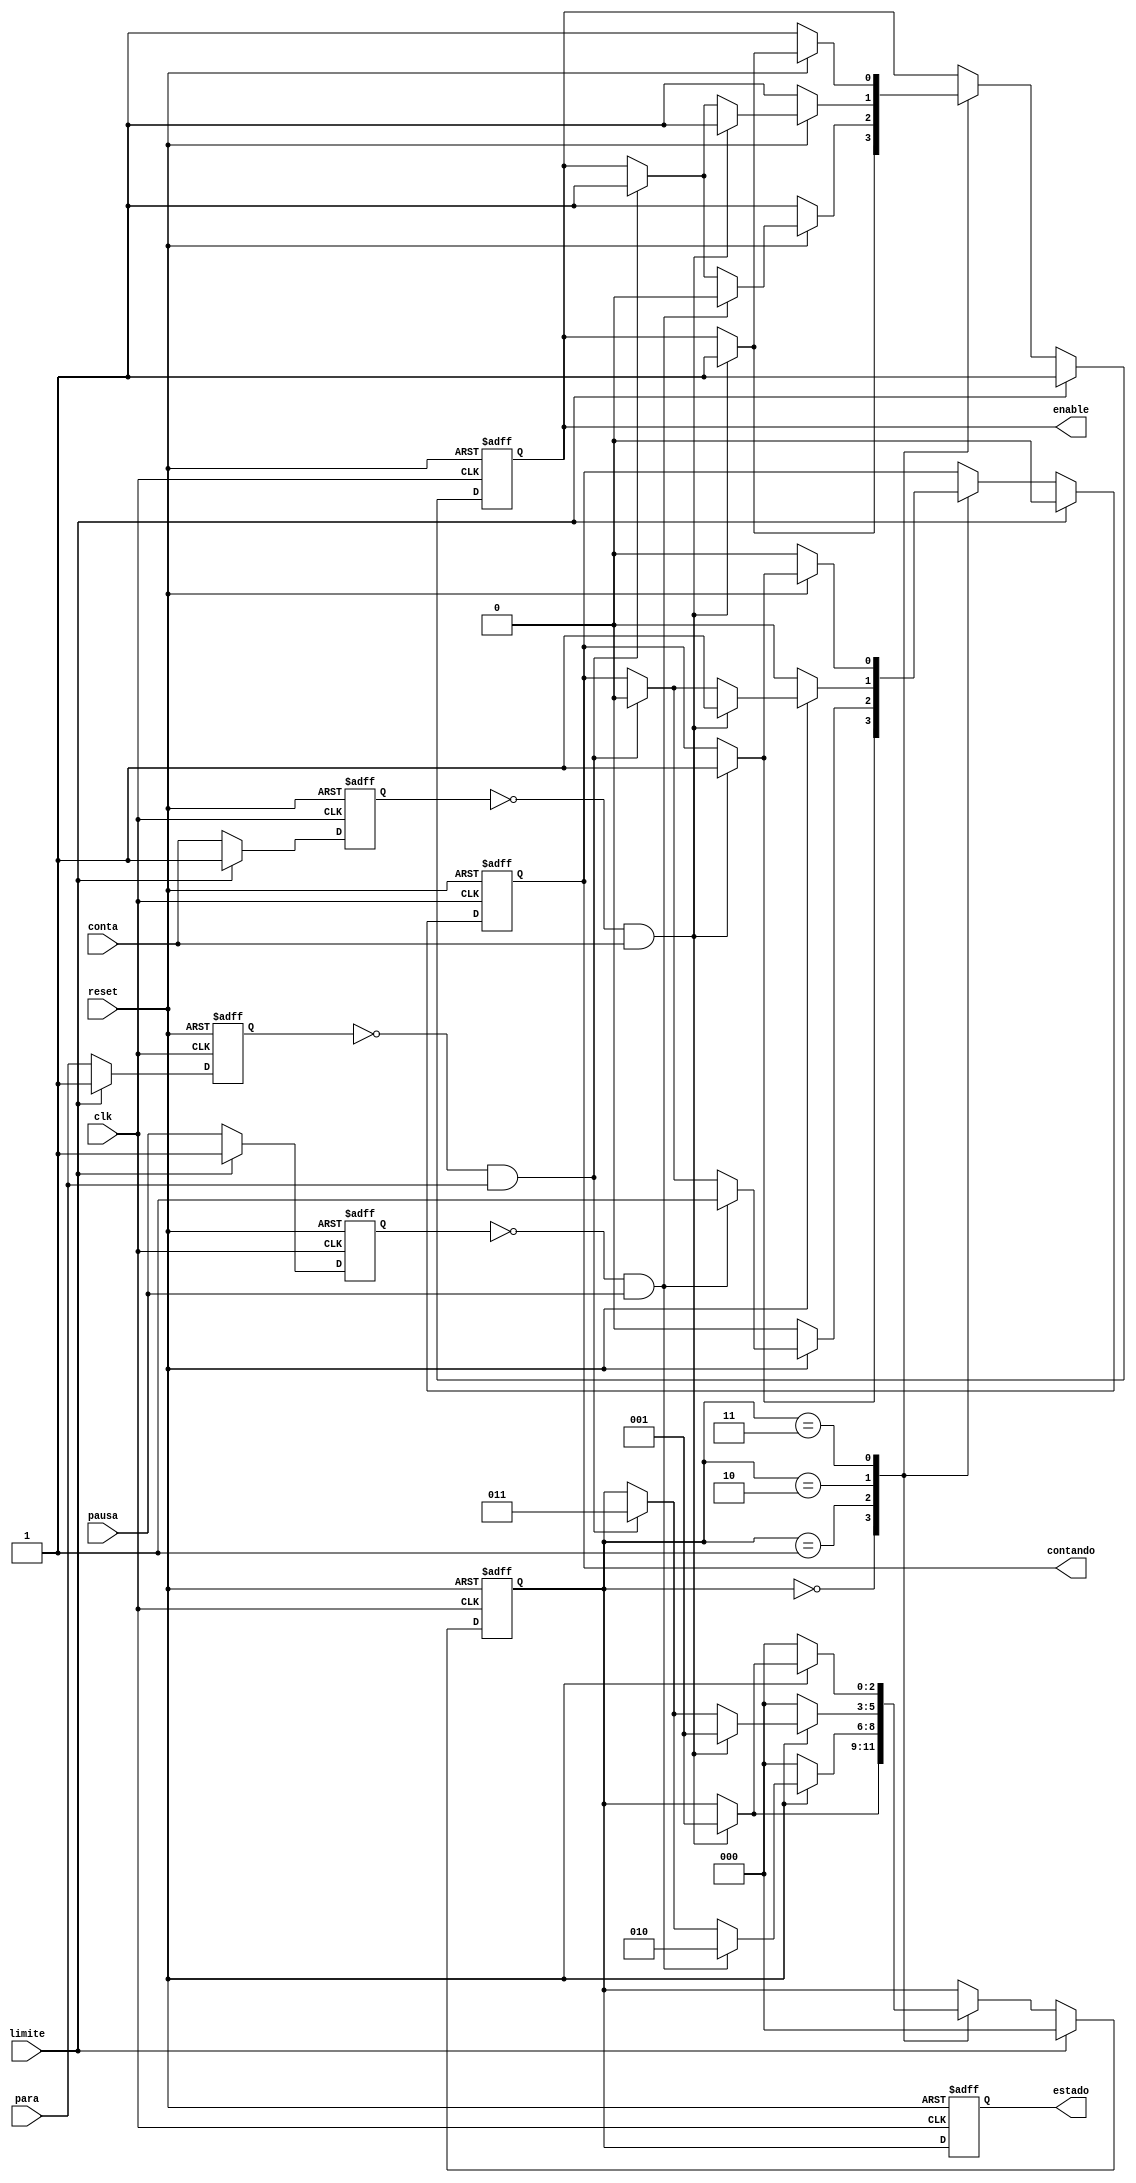
module estados(
    input clk,
    input reset,
    input conta,  
    input pausa, 
    input para,
	 input limite,
    
    output reg [2:0] estado,
    output reg contando,
    output reg enable
);

parameter inicio = 0, contar = 1, pausar = 2, parar = 3;

reg [2:0] estado_atual = inicio;
reg [2:0] estado_anterior = inicio;

// armazena o estado anterior dos botes
reg conta_reg, pausa_reg, para_reg; 

// detecta que o boto foi solto
wire conta_ativo = !conta_reg && conta;
wire pausa_ativo = !pausa_reg && pausa;
wire para_ativo = !para_reg && para;

always @(posedge clk or negedge reset) begin
    if (!reset) begin 
        estado_atual <= inicio;
        contando <= 0;
        enable <= 1;
        conta_reg <= 1; 
        pausa_reg <= 1; 
        para_reg <= 1;  
    end 
	 else if (limite) begin // se chegou a 999.9
		  estado_atual <= inicio;
        contando <= 0;
        enable <= 1;
        conta_reg <= 1; 
        pausa_reg <= 1; 
        para_reg <= 1;  
	 end
	 else begin
        // atualiza o estado anterior dos botes
        conta_reg <= conta;
        pausa_reg <= pausa;
        para_reg <= para;

        // transio de estados
        case (estado_atual)
            inicio: begin
                if (conta_ativo) begin 
                    estado_atual <= contar;
                    contando <= 1;
                    enable <= 1;
                end
            end
            contar: begin
                if (!reset) begin
                    estado_atual <= inicio;
                    contando <= 0;
                    enable <= 1;
                end else if (pausa_ativo) begin
                    estado_atual <= pausar;
                    contando <= 1;
                    enable <= 0;
                end else if (para_ativo) begin 
                    estado_atual <= parar;
                    contando <= 0;
                    enable <= 1;
                end
            end
            pausar: begin
                if (!reset) begin
                    estado_atual <= inicio;
                    contando <= 0;
                    enable <= 1;
                end else if (conta_ativo) begin 
                    estado_atual <= contar;
                    contando <= 1;
                    enable <= 1;
                end else if (para_ativo) begin 
                    estado_atual <= parar;
                    contando <= 0;
                    enable <= 1;
                end
            end
            parar: begin
                if (!reset) begin
                    estado_atual <= inicio;
                    contando <= 0;
                    enable <= 1;
                end else if (conta_ativo) begin 
                    estado_atual <= contar;
                    contando <= 1;
                    enable <= 1;
                end
            end
        endcase
    end
end

always @(posedge clk or negedge reset) begin
    if (!reset) begin
        estado <= inicio;
    end else begin
        estado <= estado_atual;
    end
end

endmodule